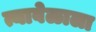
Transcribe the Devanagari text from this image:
त्यावेळाला